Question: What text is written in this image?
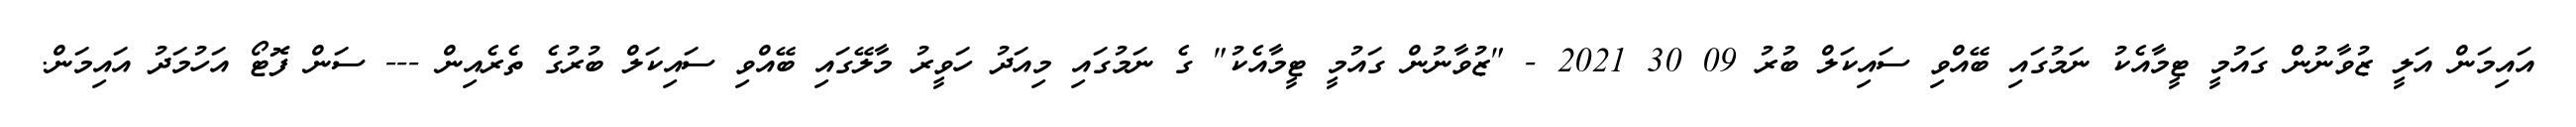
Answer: އައިމަން އަލީ ޒުވާނުން ގައުމީ ޓީމާއެކު ނަމުގައި ބޭއްވި ސައިކަލް ބުރު 09 30 2021 - "ޒުވާނުން ގައުމީ ޓީމާއެކު" ގެ ނަމުގައި މިއަދު ހަވީރު މާލޭގައި ބޭއްވި ސައިކަލް ބުރުގެ ތެރެއިން --- ސަން ފޮޓޯ އަހުމަދު އައިމަން.